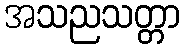
အသညသတ္တာ